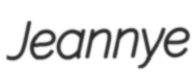
Jeannye